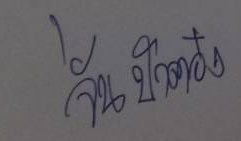
จั่นป้าต๋อง